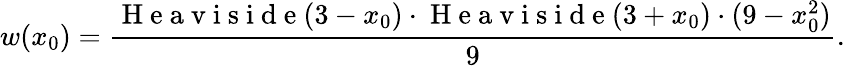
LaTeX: w(x_{0})=\frac{\mathrm{~H~e~a~v~i~s~i~d~e~}(3-x_{0})\cdot\mathrm{~H~e~a~v~i~s~i~d~e~}(3+x_{0})\cdot(9-x_{0}^{2})}{9}.